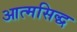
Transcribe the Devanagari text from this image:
आत्मसिद्ध